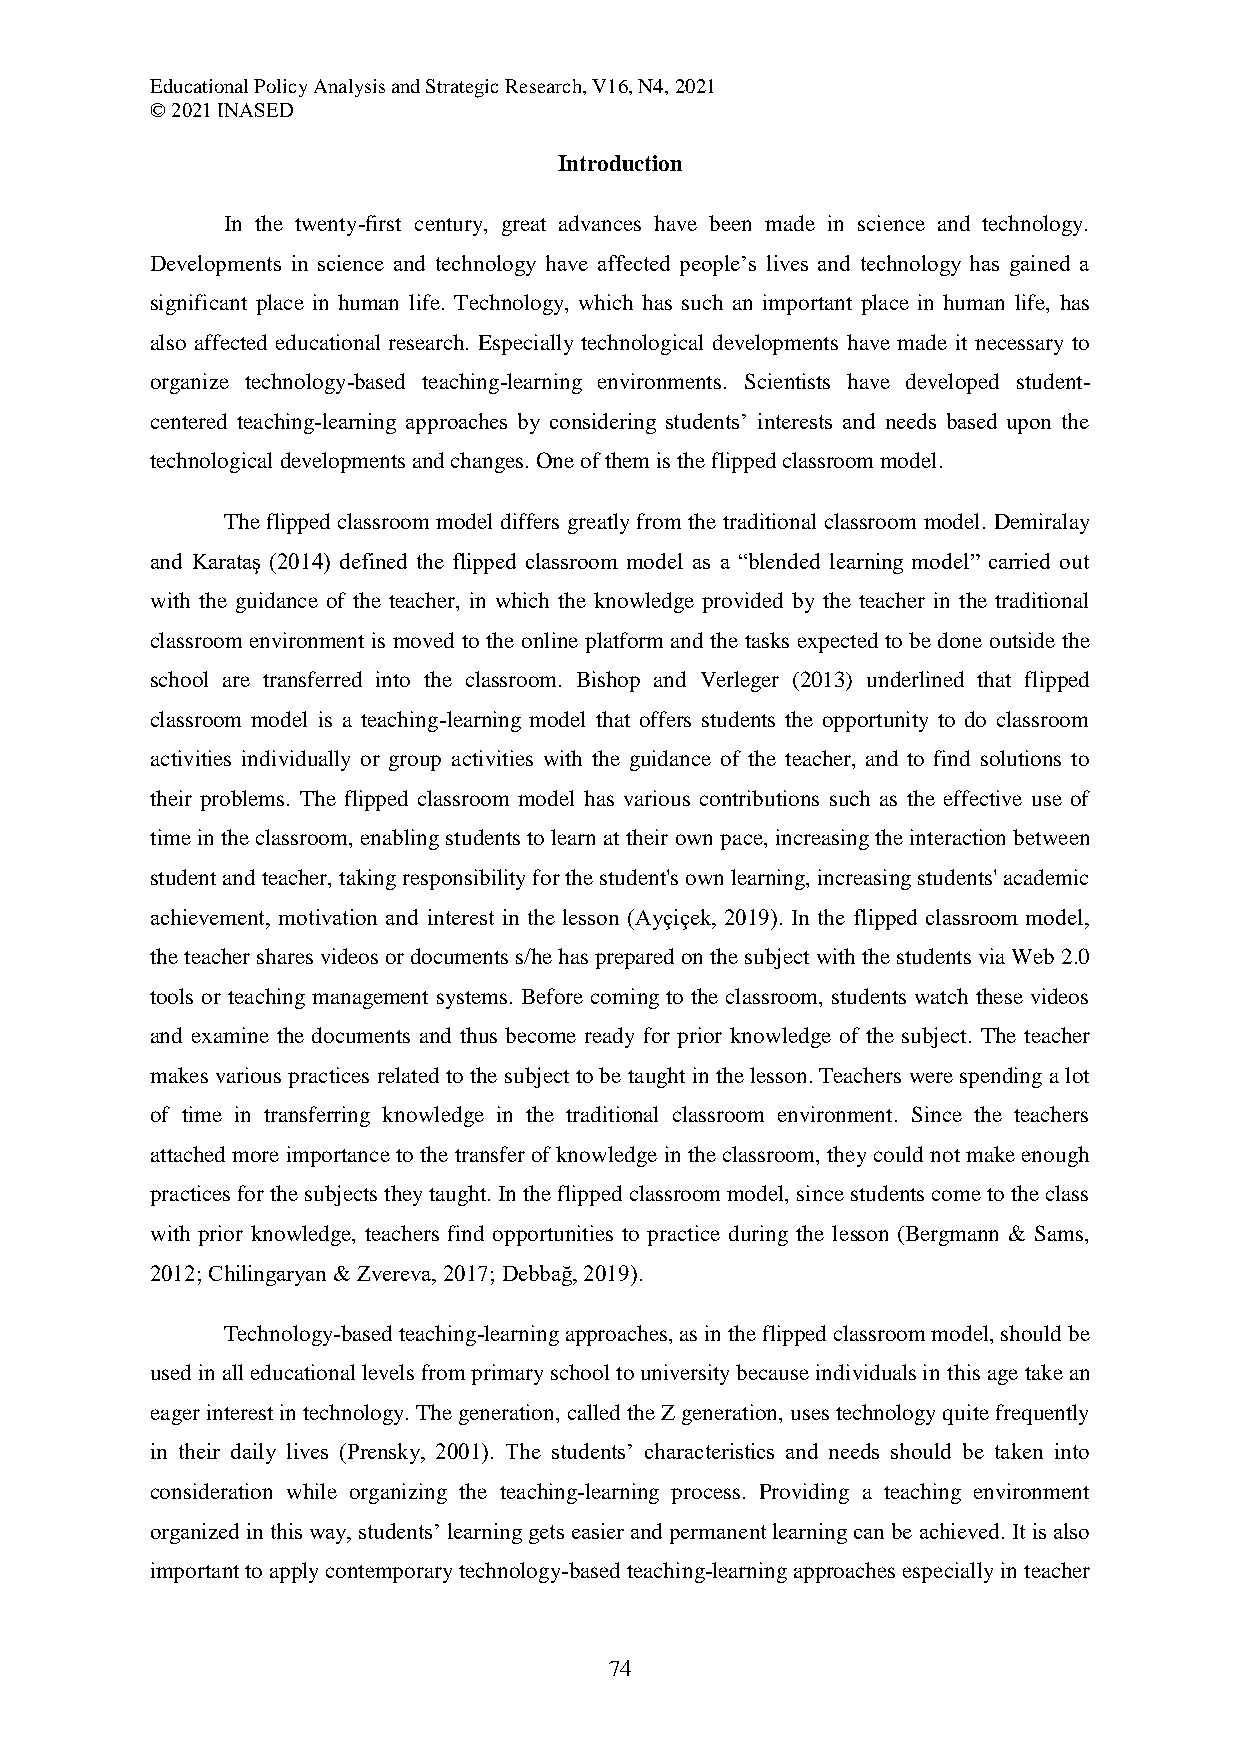
Educational Policy Analysis and Strategic Research, V16, N4, 2021
 © 2021 INASED
 Introduction
 In the twenty-first century, great advances have been made in science and technology.
 Developments in science and technology have affected people’s lives and technology has gained a
 significant place in human life. Technology, which has such an important place in human life, has
 also affected educational research. Especially technological developments have made it necessary to
 organize technology-based teaching-learning environments. Scientists have developed student-
 centered teaching-learning approaches by considering students’ interests and needs based upon the
 technological developments and changes. One of them is the flipped classroom model.
 The flipped classroom model differs greatly from the traditional classroom model. Demiralay
 and Karataş (2014) defined the flipped classroom model as a “blended learning model” carried out
 with the guidance of the teacher, in which the knowledge provided by the teacher in the traditional
 classroom environment is moved to the online platform and the tasks expected to be done outside the
 school are transferred into the classroom. Bishop and Verleger (2013) underlined that flipped
 classroom model is a teaching-learning model that offers students the opportunity to do classroom
 activities individually or group activities with the guidance of the teacher, and to find solutions to
 their problems. The flipped classroom model has various contributions such as the effective use of
 time in the classroom, enabling students to learn at their own pace, increasing the interaction between
 student and teacher, taking responsibility for the student's own learning, increasing students' academic
 achievement, motivation and interest in the lesson (Ayçiçek, 2019). In the flipped classroom model,
 the teacher shares videos or documents s/he has prepared on the subject with the students via Web 2.0
 tools or teaching management systems. Before coming to the classroom, students watch these videos
 and examine the documents and thus become ready for prior knowledge of the subject. The teacher
 makes various practices related to the subject to be taught in the lesson. Teachers were spending a lot
 of time in transferring knowledge in the traditional classroom environment. Since the teachers
 attached more importance to the transfer of knowledge in the classroom, they could not make enough
 practices for the subjects they taught. In the flipped classroom model, since students come to the class
 with prior knowledge, teachers find opportunities to practice during the lesson (Bergmann & Sams,
 2012; Chilingaryan & Zvereva, 2017; Debbağ, 2019).
 Technology-based teaching-learning approaches, as in the flipped classroom model, should be
 used in all educational levels from primary school to university because individuals in this age take an
 eager interest in technology. The generation, called the Z generation, uses technology quite frequently
 in their daily lives (Prensky, 2001). The students’ characteristics and needs should be taken into
 consideration while organizing the teaching-learning process. Providing a teaching environment
 organized in this way, students’ learning gets easier and permanent learning can be achieved. It is also
 important to apply contemporary technology-based teaching-learning approaches especially in teacher
 74